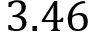
3 . 4 6